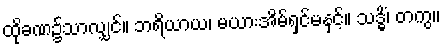
ထိုခဏ၌သာလျှင်။ ဘရိယာယ၊ မယားအိမ်ရှင်မနှင့်။ သဒ္ဓိံ၊ တကွ။